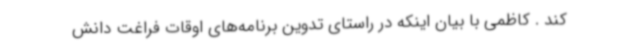
کند . کاظمی با بیان اینکه در راستای تدوین برنامه‌های اوقات فراغت دانش